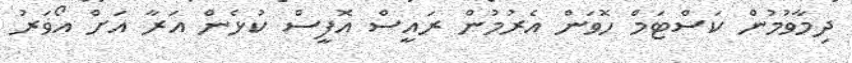
ދިމާވުމުން ކަސްޓަމް ހޮވަން އެރުމުން ރައީސް އޮފީސް ކުޅެން އަރާ އަށް އޯވަރު